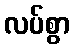
လပ်စွာ